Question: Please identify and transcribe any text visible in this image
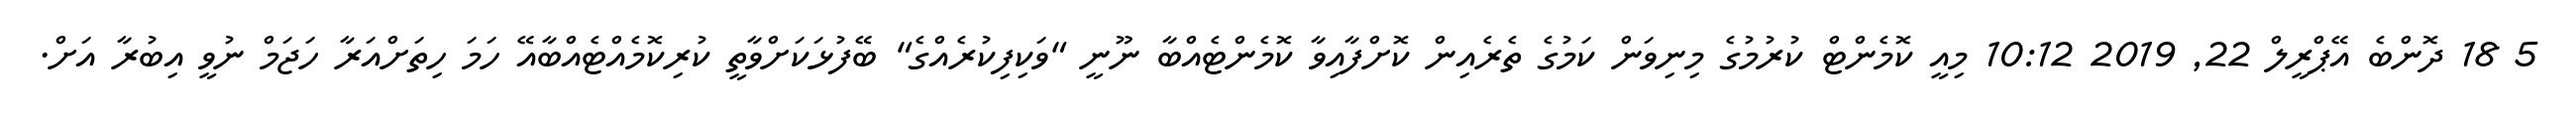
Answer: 5 18 ދޮންބެ އޭޕްރީލް 22, 2019 10:12 މިއީ ކޮމެންޓް ކުރުމުގެ މިނިވަން ކަމުގެ ތެރެއިން ކޮށްފާއިވާ ކޮމެންޓެއްބާ ނޫނީ "ވަކިފިކުރެއްގެ" ބޭފުޅަކަށްވާތީ ކުރިކޮމެއްޓެއްބާއޭ ހަމަ ހިތަށްއަރާ ހަޖަމް ނުވީ އިބުރާ އަށް.